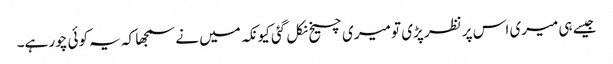
جیسے ہی میری اس پر نظر پڑی تو میری چیخ نکل گئی کیونکہ میں نے سمجھا کہ یہ کوئی چور ہے۔